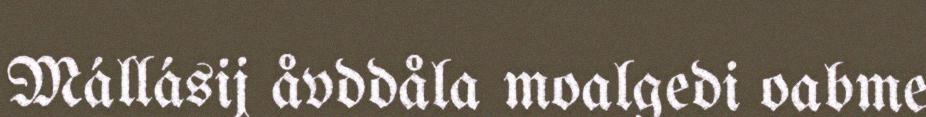
Mállásij åvddåla moalgedi oabme